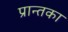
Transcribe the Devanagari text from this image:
प्रान्तका